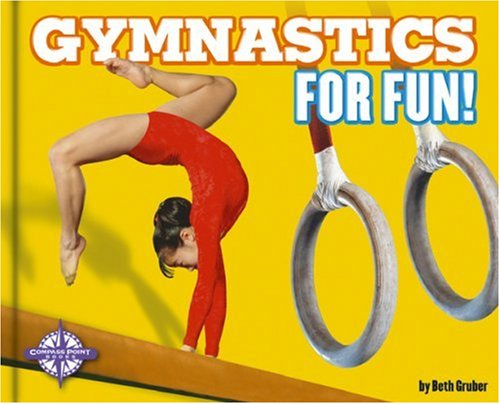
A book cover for Gymnastics for Fun! (For Fun!: Sports); Beth Gruber; Children's Books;